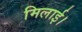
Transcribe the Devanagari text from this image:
मिलाई।